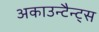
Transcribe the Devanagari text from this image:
अकाउन्टैन्ट्स